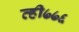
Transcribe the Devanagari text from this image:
व्ही७७६